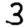
Digit: 3